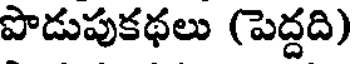
పొడుపుకథలు (పెద్దది)